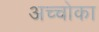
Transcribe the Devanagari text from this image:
अच्चोका